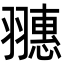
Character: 𦒎